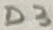
Text: D3